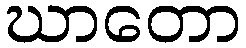
ဃာတော